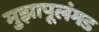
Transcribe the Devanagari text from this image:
मुझापूलंगड